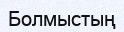
Болмыстың